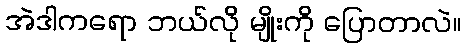
အဲဒါကရော ဘယ်လို မျိုးကို ပြောတာလဲ။